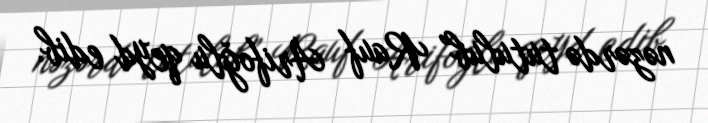
nəzərdə tutulub” Rauf Arifoğlu qeyd edib.